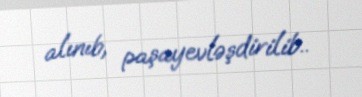
alınıb, paşayevləşdirilib..